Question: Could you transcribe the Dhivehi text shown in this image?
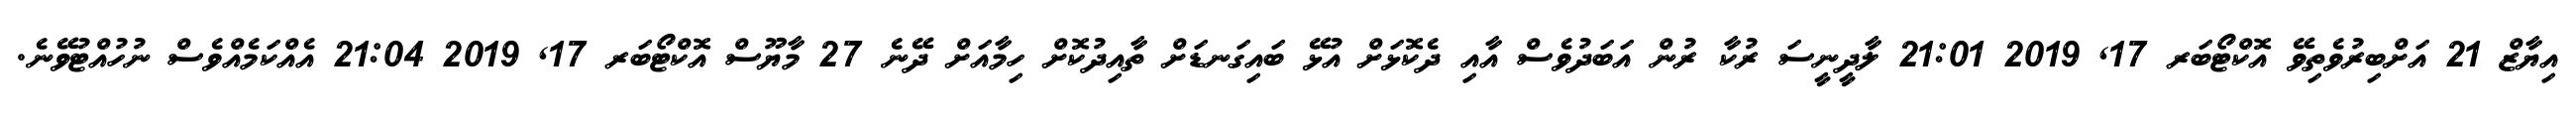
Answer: އިޔާޒް 21 އަށްބިރުވެތިވޭ އޮކްޓޯބަރ 17, 2019 21:01 ލާދީނީސަ ރުކާ ރުން އަބަދުވެސް އާއި ދެކޮޅަށް އުޅޭ ބައިގަނޑަށް ތާއިދުކޮށް ހިމާއަށް ދޭނެ 27 މާޔޫސް އޮކްޓޯބަރ 17, 2019 21:04 އެއްކަމެއްވެސް ނުހުއްޓުވޭނެ.